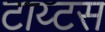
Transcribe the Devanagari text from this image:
टाय्टस